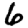
Digit: 6